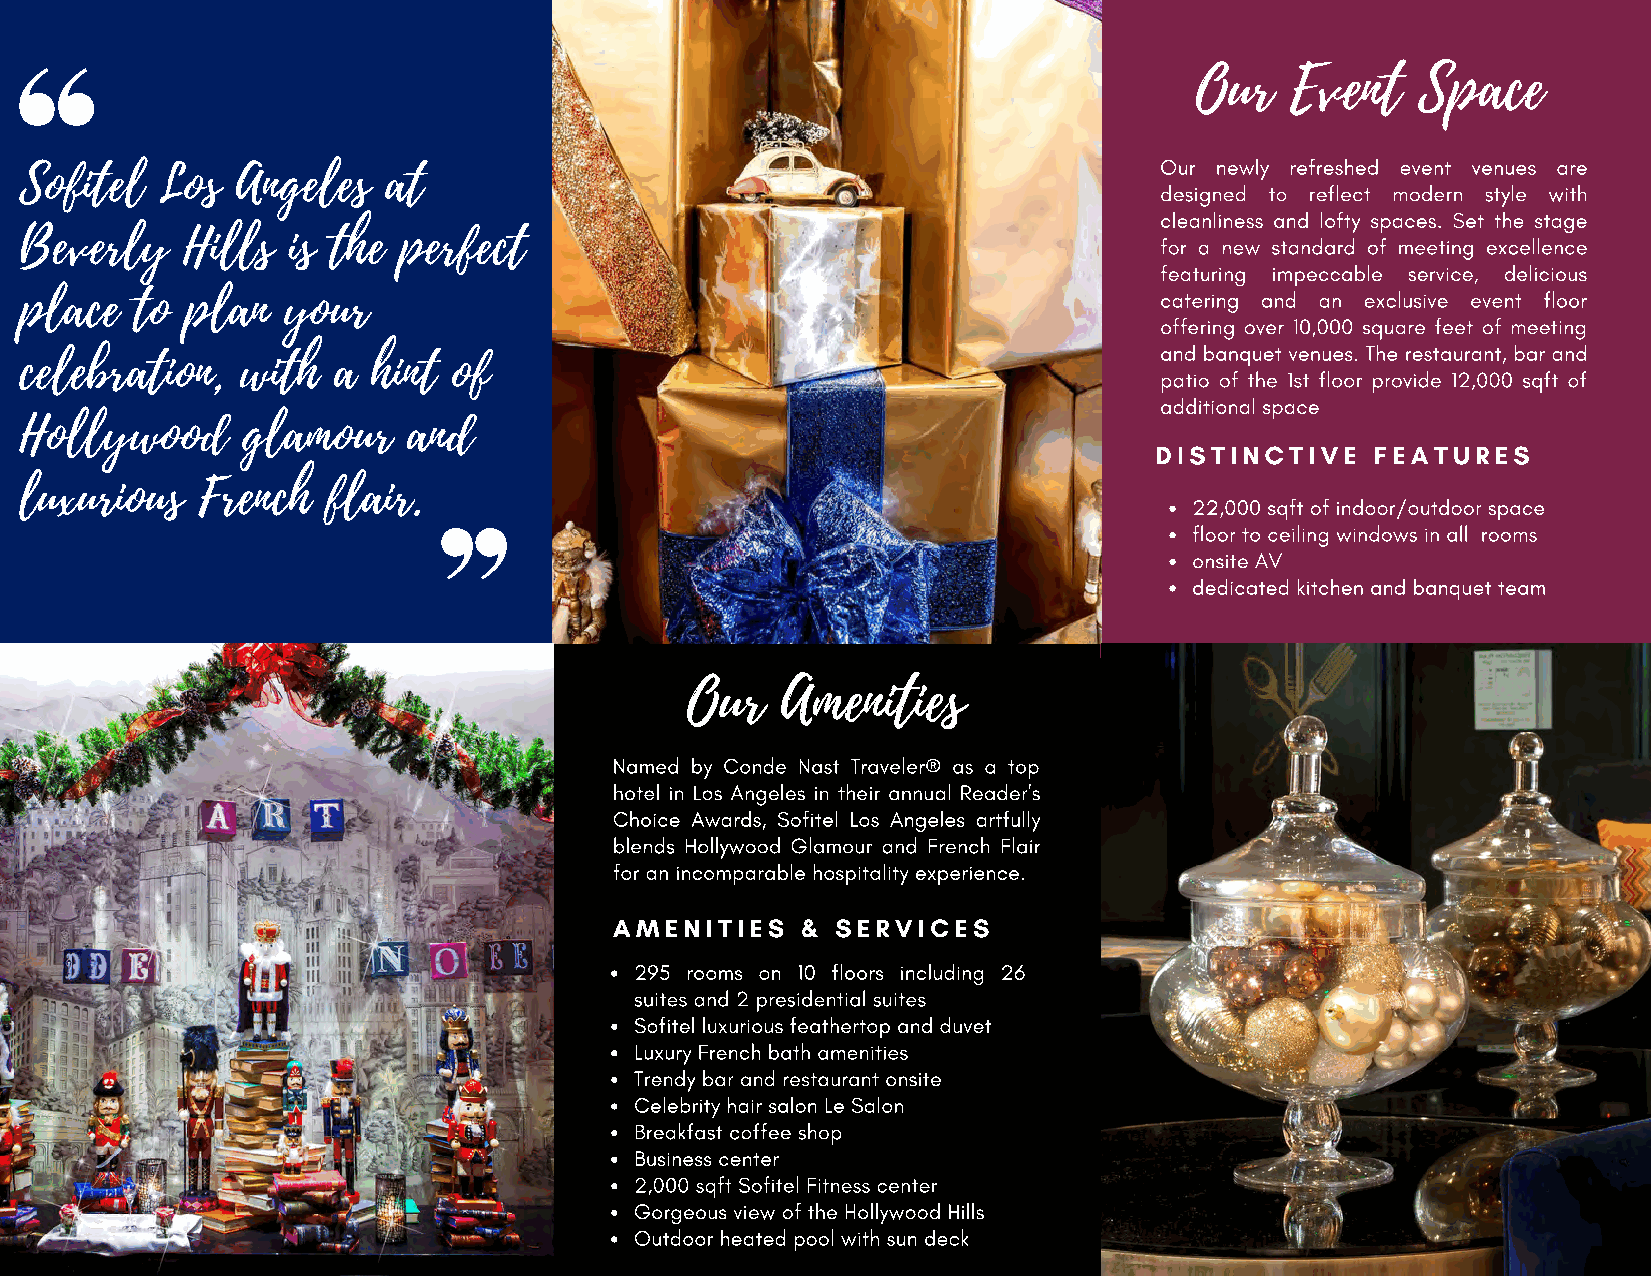
Our   Event    Space
 Sofitel  Los   Angeles  at                                                  Our newly refreshed event venues are
 designed to reflect modern style with
 Beverly    Hills  is the perfect                                            cleanliness and lofty spaces. Set the stage
 for a new standard of meeting excellence
 featuring impeccable service, delicious
 place   to plan   your
 catering and an exclusive event floor
 offering over 10,000 square feet of meeting
 celebration,   with  a  hint of                                             and banquet venues. The restaurant, bar and
 patio of the 1st floor provide 12,000 sqft of
 additional space
 Hollywood      glamour    and
 DISTINCTIVE    FEATURES
 luxurious   French   flair.
 22,000 sqft of indoor/outdoor space
 floor to ceiling windows in all rooms
 onsite AV
 dedicated kitchen and banquet team
 Our    Amenities
 Named by Conde Nast Traveler® as a top
 hotel in Los Angeles in their annual Reader's
 Choice Awards, Sofitel Los Angeles artfully
 blends Hollywood Glamour and French Flair
 for an incomparable hospitality experience.
 AMENITIES   & SERVICES
 295 rooms on 10 floors including 26
 suites and 2 presidential suites
 Sofitel luxurious feathertop and duvet
 Luxury French bath amenities
 Trendy bar and restaurant onsite
 Celebrity hair salon Le Salon
 Breakfast coffee shop
 Business center
 2,000 sqft Sofitel Fitness center
 Gorgeous view of the Hollywood Hills
 Outdoor heated pool with sun deck